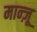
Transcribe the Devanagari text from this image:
मान्ज़ू